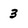
Character: 3